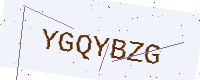
Text: YGQYBZG